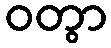
ဝတွာ